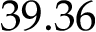
3 9 . 3 6